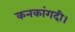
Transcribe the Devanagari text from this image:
कनकांगदी।